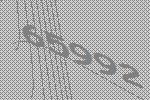
65992